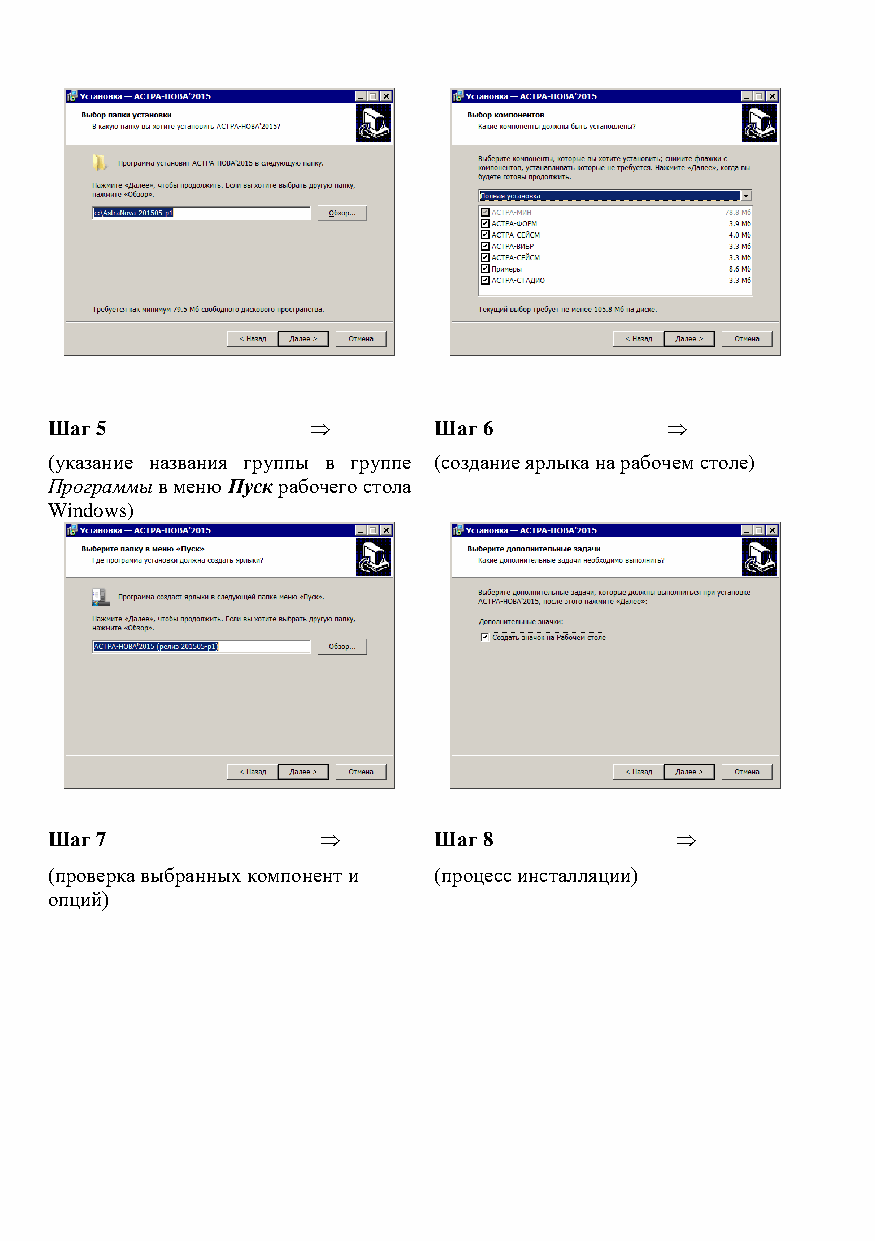
Шаг 5                    Шаг 6          
 (указание названия группы в группе (создание ярлыка на рабочем столе)
 Программы в меню Пуск рабочего стола
 Windows)
 Шаг 7                    Шаг 8           
 (проверка выбранных компонент и (процесс инсталляции)
 опций)